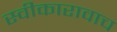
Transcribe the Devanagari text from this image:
स्वीकारावाच